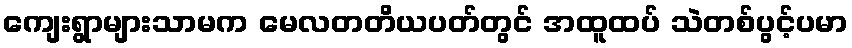
ကျေးရွာများသာမက မေလတတိယပတ်တွင် အထူထပ် သဲတစ်ပွင့်ပမာ